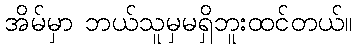
အိမ်မှာ ဘယ်သူမှမရှိဘူးထင်တယ်။